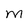
Character: M